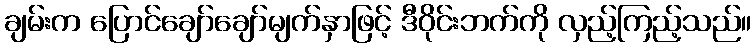
ချမ်းက ပြောင်ချော်ချော်မျက်နှာဖြင့် ဒီဝိုင်းဘက်ကို လှည့်ကြည့်သည်။